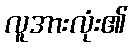
လူအားလုံး၏